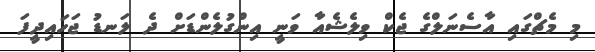
މި މެޗްގައި އާސެނަލްގެ ޖެކް ވިލެޝެއާ ވަނީ އިންގުލެންޑަށް ދެ ލަނޑު ޖަހައިދީފަ